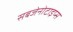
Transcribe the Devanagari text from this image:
सबजेनोटाइप्स